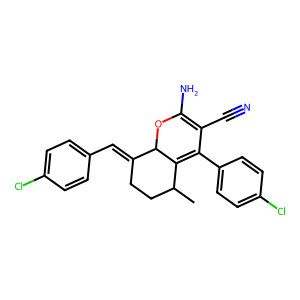
SMILES: CC1CCC(=Cc2ccc(Cl)cc2)C2OC(N)=C(C#N)C(c3ccc(Cl)cc3)=C12
Inhibits HIV replication: No